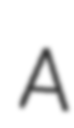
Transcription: A